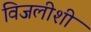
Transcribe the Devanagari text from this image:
विजलीशी